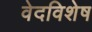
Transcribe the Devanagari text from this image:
वेदविशेष